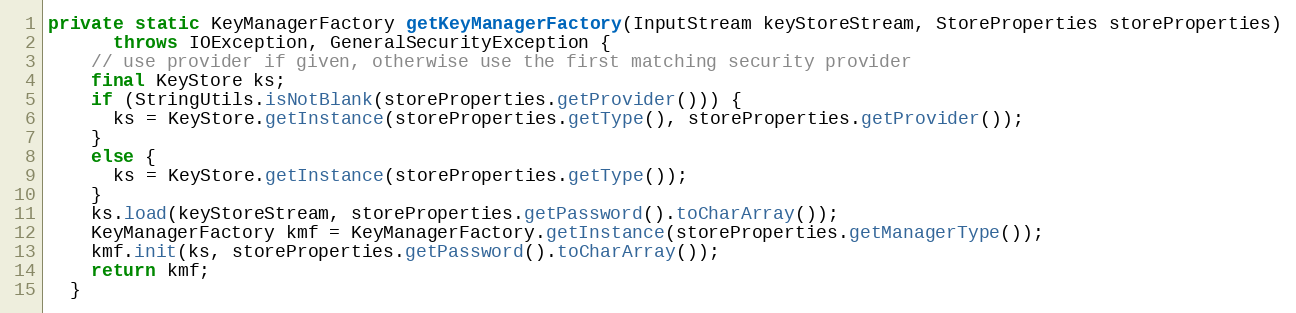
Language: Java
private static KeyManagerFactory getKeyManagerFactory(InputStream keyStoreStream, StoreProperties storeProperties)
      throws IOException, GeneralSecurityException {
    // use provider if given, otherwise use the first matching security provider
    final KeyStore ks;
    if (StringUtils.isNotBlank(storeProperties.getProvider())) {
      ks = KeyStore.getInstance(storeProperties.getType(), storeProperties.getProvider());
    }
    else {
      ks = KeyStore.getInstance(storeProperties.getType());
    }
    ks.load(keyStoreStream, storeProperties.getPassword().toCharArray());
    KeyManagerFactory kmf = KeyManagerFactory.getInstance(storeProperties.getManagerType());
    kmf.init(ks, storeProperties.getPassword().toCharArray());
    return kmf;
  }